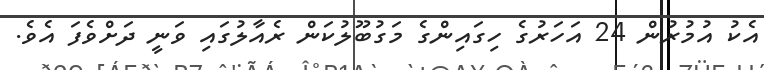
އެކު އުމުރުން 24 އަހަރުގެ ހިގައިންގެ މަގުބޫލުކަން ރެއާލުގައި ވަނީ ދަށްވެފަ އެވެ.